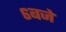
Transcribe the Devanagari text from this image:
६बजे